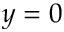
y = 0